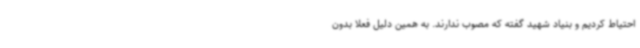
احتیاط کردیم و بنیاد شهید گفته که مصوب ندارند. به همین دلیل فعلا بدون